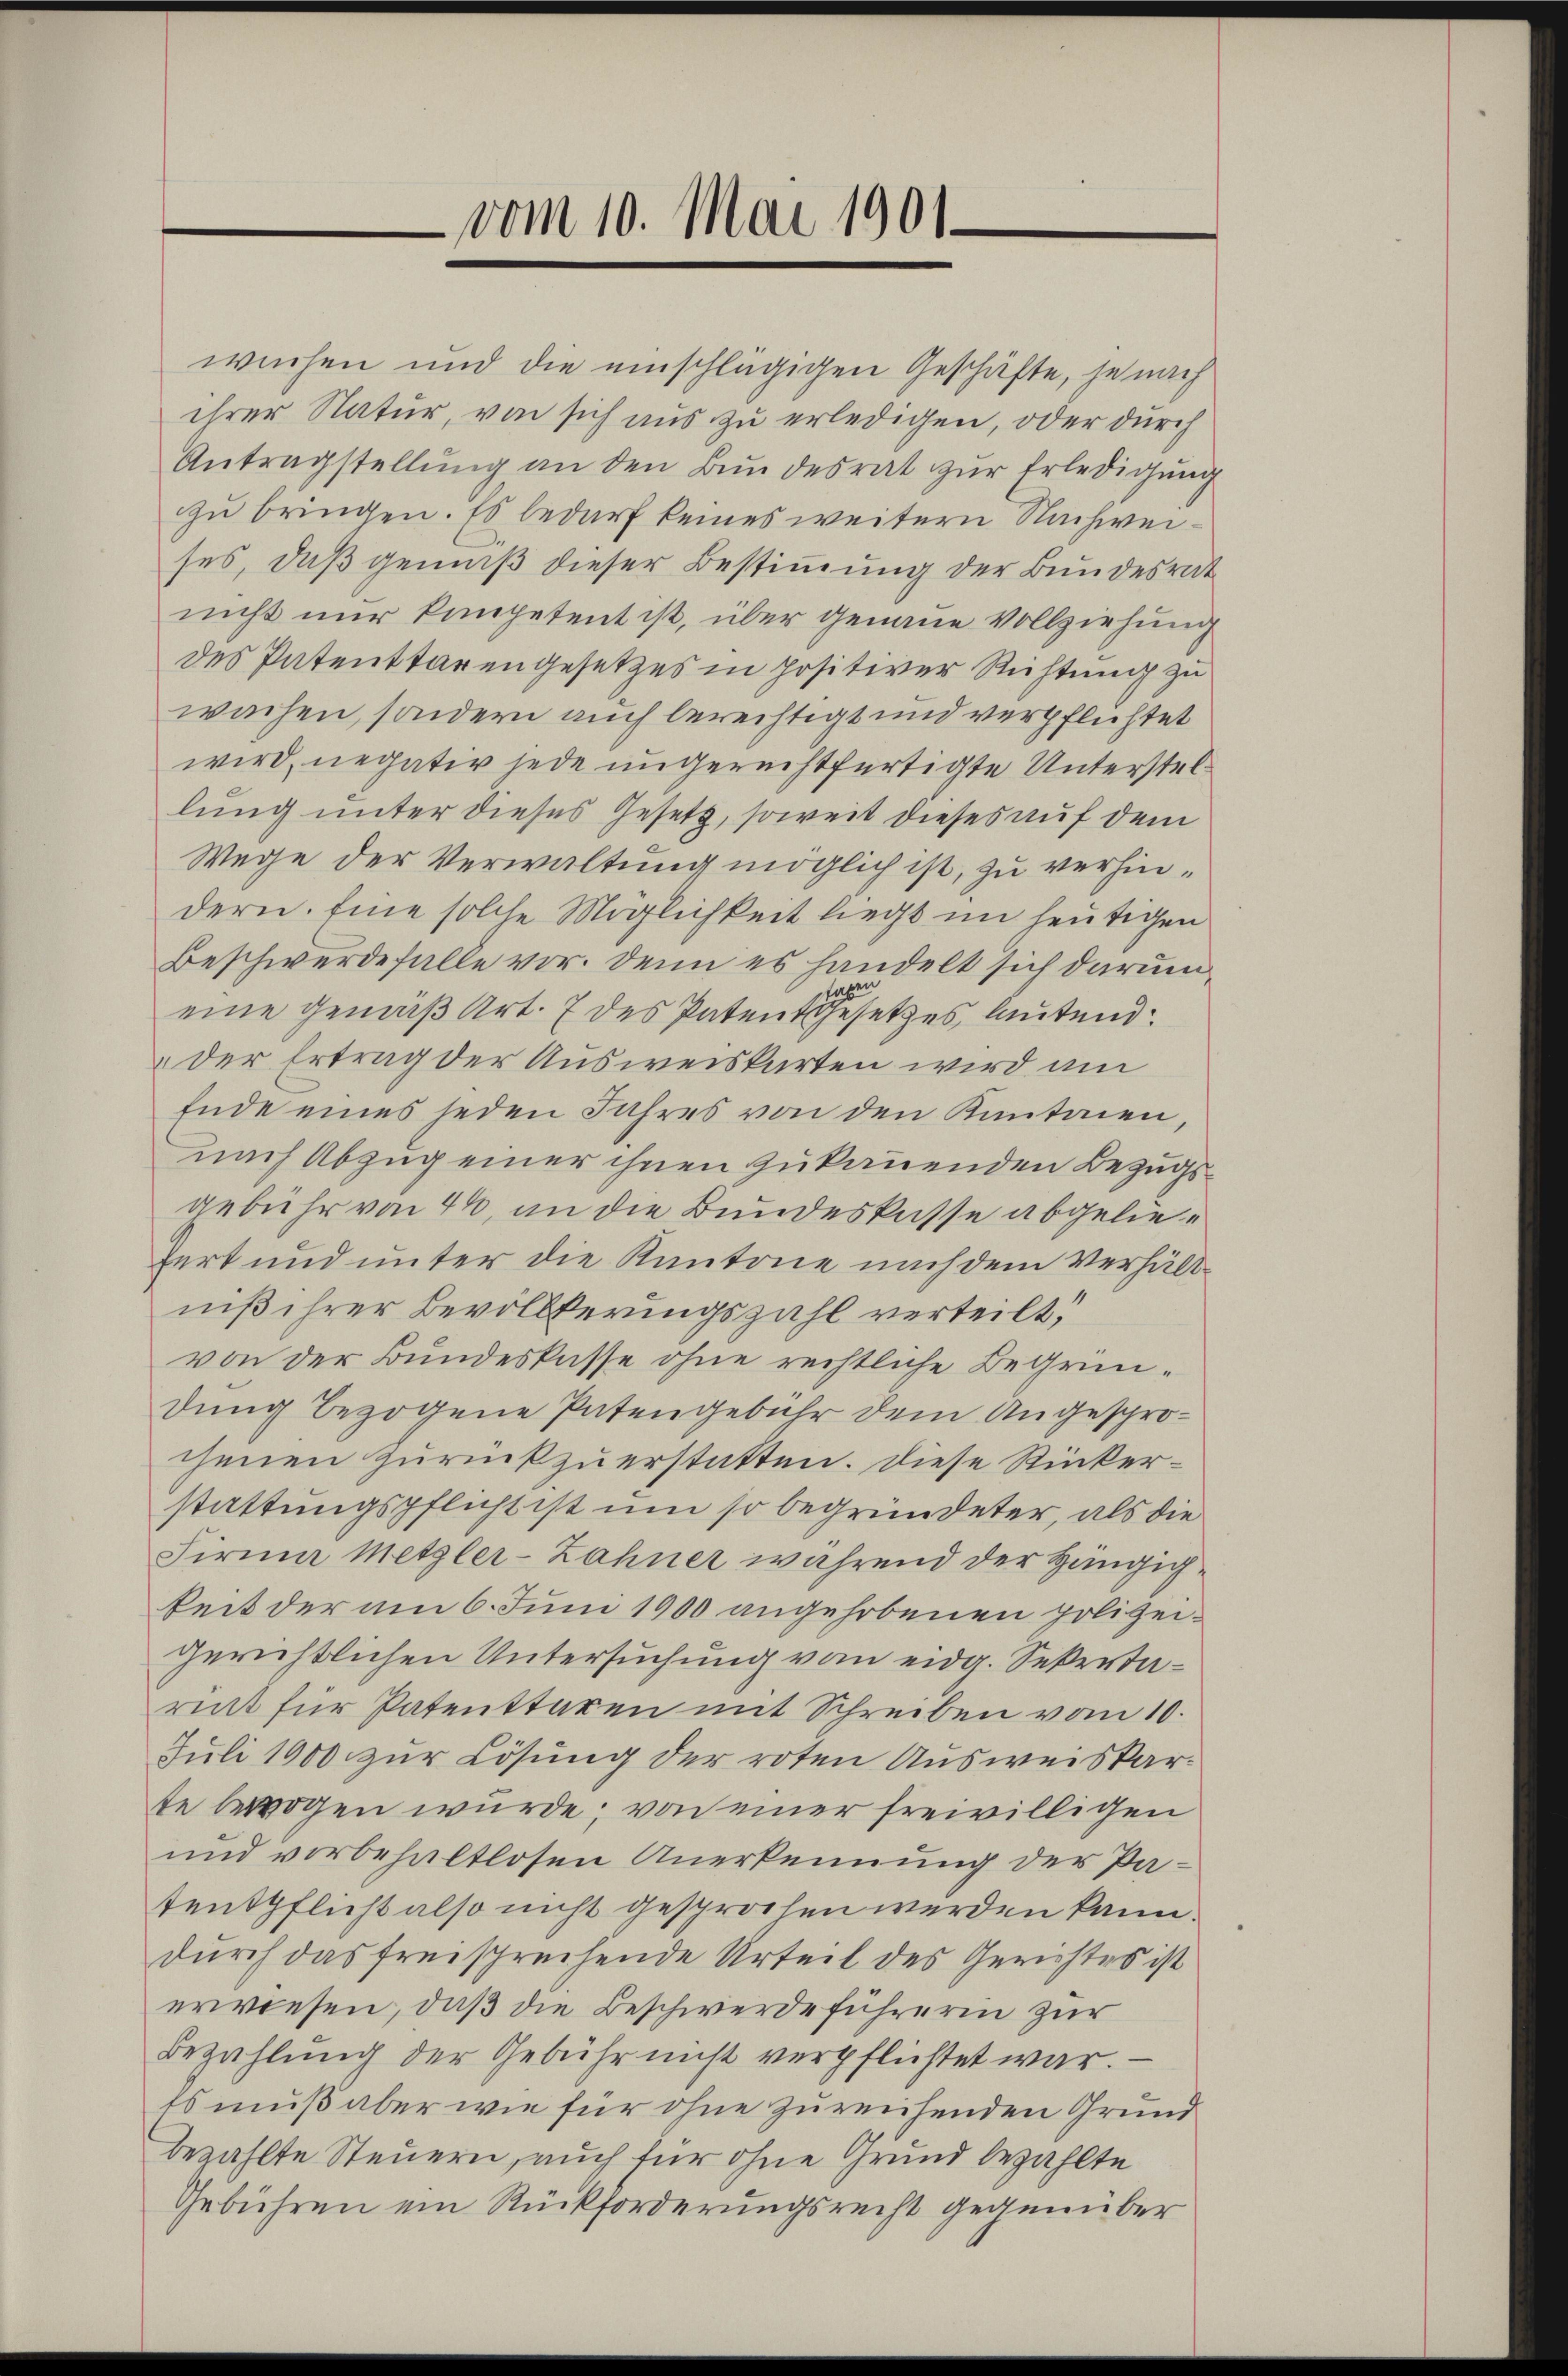
vom 10. Mai 1901

wuchen und die einschlägigen Geschäfte, je nach
ihrer Natur, von sich aus zu erledigen, oder durch
Antragstellŭng an den Bŭndesrat zŭr Erledigung
zu bringen. Es bedarf keines weitern Nachweises, daß gemäß dieser Bestimmung der Bundesrat
nicht nur kompetent ist, über genaue Vollziehung
des Patenttarengesetzes in positiver Richtung zu
wachen, sondern auch berechtigt und verpflichtet
wird, negativ jede ungerechtfertigte Unterstellung unter dieses Gesetz, soweit dieses auf dem
Wege der Verwaltung möglich ist, zu verhindern. Eine solche Möglichkeit liegt im heutigen
Beschwerde falle vor. Denn es handelt sich darum
en
d
eine gemäß Art. 7 des Patentgesetzes, lautend
der Ertrag der Ausweiskarten wird am
Ende eines jeden Jahres von den Kantonen,
nach Abzug einer ihnen zu kannenden Bezugsgebühr von 44, an die Bundeskasse abgeliefert und unter die Kantone nach dem Verhältniß ihrer Bevölkerungszahl verteilt,
von der Bundeskasse ohne rechtliche Begründung bezogene Patengebühr dem Angesprochenen Zurückzuerstatten. Diese Rückerstattungspflicht ist um so begründeter, als die
Firma Metzler-Zähner während der Hängigkeit der am 6. Juni 1900 angehobenen polizeigerichtlichen Untersuchung vom eidg. Sekretariat für Patenttaxen mit Schreiben vom 10.
Juli 1900 zur Lösung der roten Ausweiskarte bewogen wurde; von einer freiwilligen
und vorbehaltlosen Anerkennung der Patentpflicht also nicht gesprochen werden kann.
durch das freisprechende Urteil des Gerichtes ist
erwiesen, daß die Beschwerdeführerin zur
Bezahlung der Gebühr nicht verpflichtet war.
Es muß aber wie für ohne zureichenden Grund
bezahlte Steuern, auch für ohne Grund bezahlte
Gebühren ein Rückforderungsrecht gegenüber